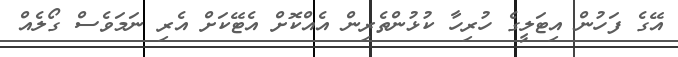
އޭގެ ފަހުން އިޓަލީގެ ހުރިހާ ކުޅުންތެރިން އެއްކޮށް އެޓޭކަށް އެރި ނަމަވެސް ގޯލެއް